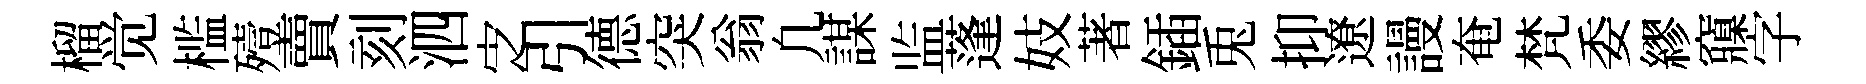
榴觉槛殪賣刻泗㝎引德突翁凢謀监蓬妓著鍤兎抑遼謾奄梵委繆䆿字